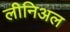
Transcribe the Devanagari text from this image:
लीनिअल